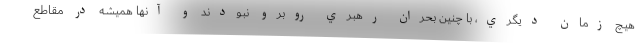
هيچ زمان ديگري، با چنين بحران رهبري روبرو نبودند و آنها هميشه در مقاطع